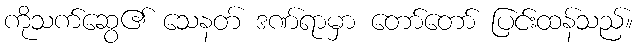
ကိုသက်ဆွေ၏ သေနတ် ဒဏ်ရာမှာ တော်တော် ပြင်းထန်သည်။